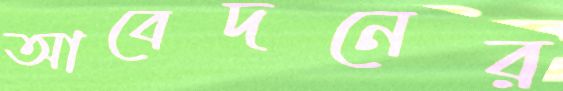
আবেদনের